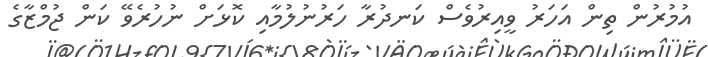
އުމުރުން ތިން އަހަރު ވީއިރުވެސް ކަނދުރާ ހަރުނުލުމާއި ކޮޅަށް ނުހުރެވޭ ކަން ޖުމްޒާގެ